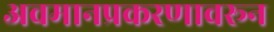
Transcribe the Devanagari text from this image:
अवमानप्रकरणावरून